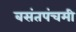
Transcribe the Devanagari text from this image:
बसंतपंचमी